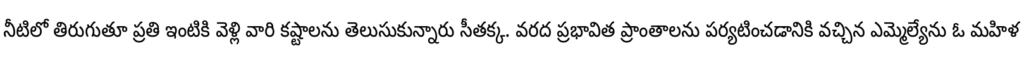
నీటిలో తిరుగుతూ ప్రతి ఇంటికి వెళ్లి వారి కష్టాలను తెలుసుకున్నారు సీతక్క. వరద ప్రభావిత ప్రాంతాలను పర్యటించడానికి వచ్చిన ఎమ్మెల్యేను ఓ మహిళ